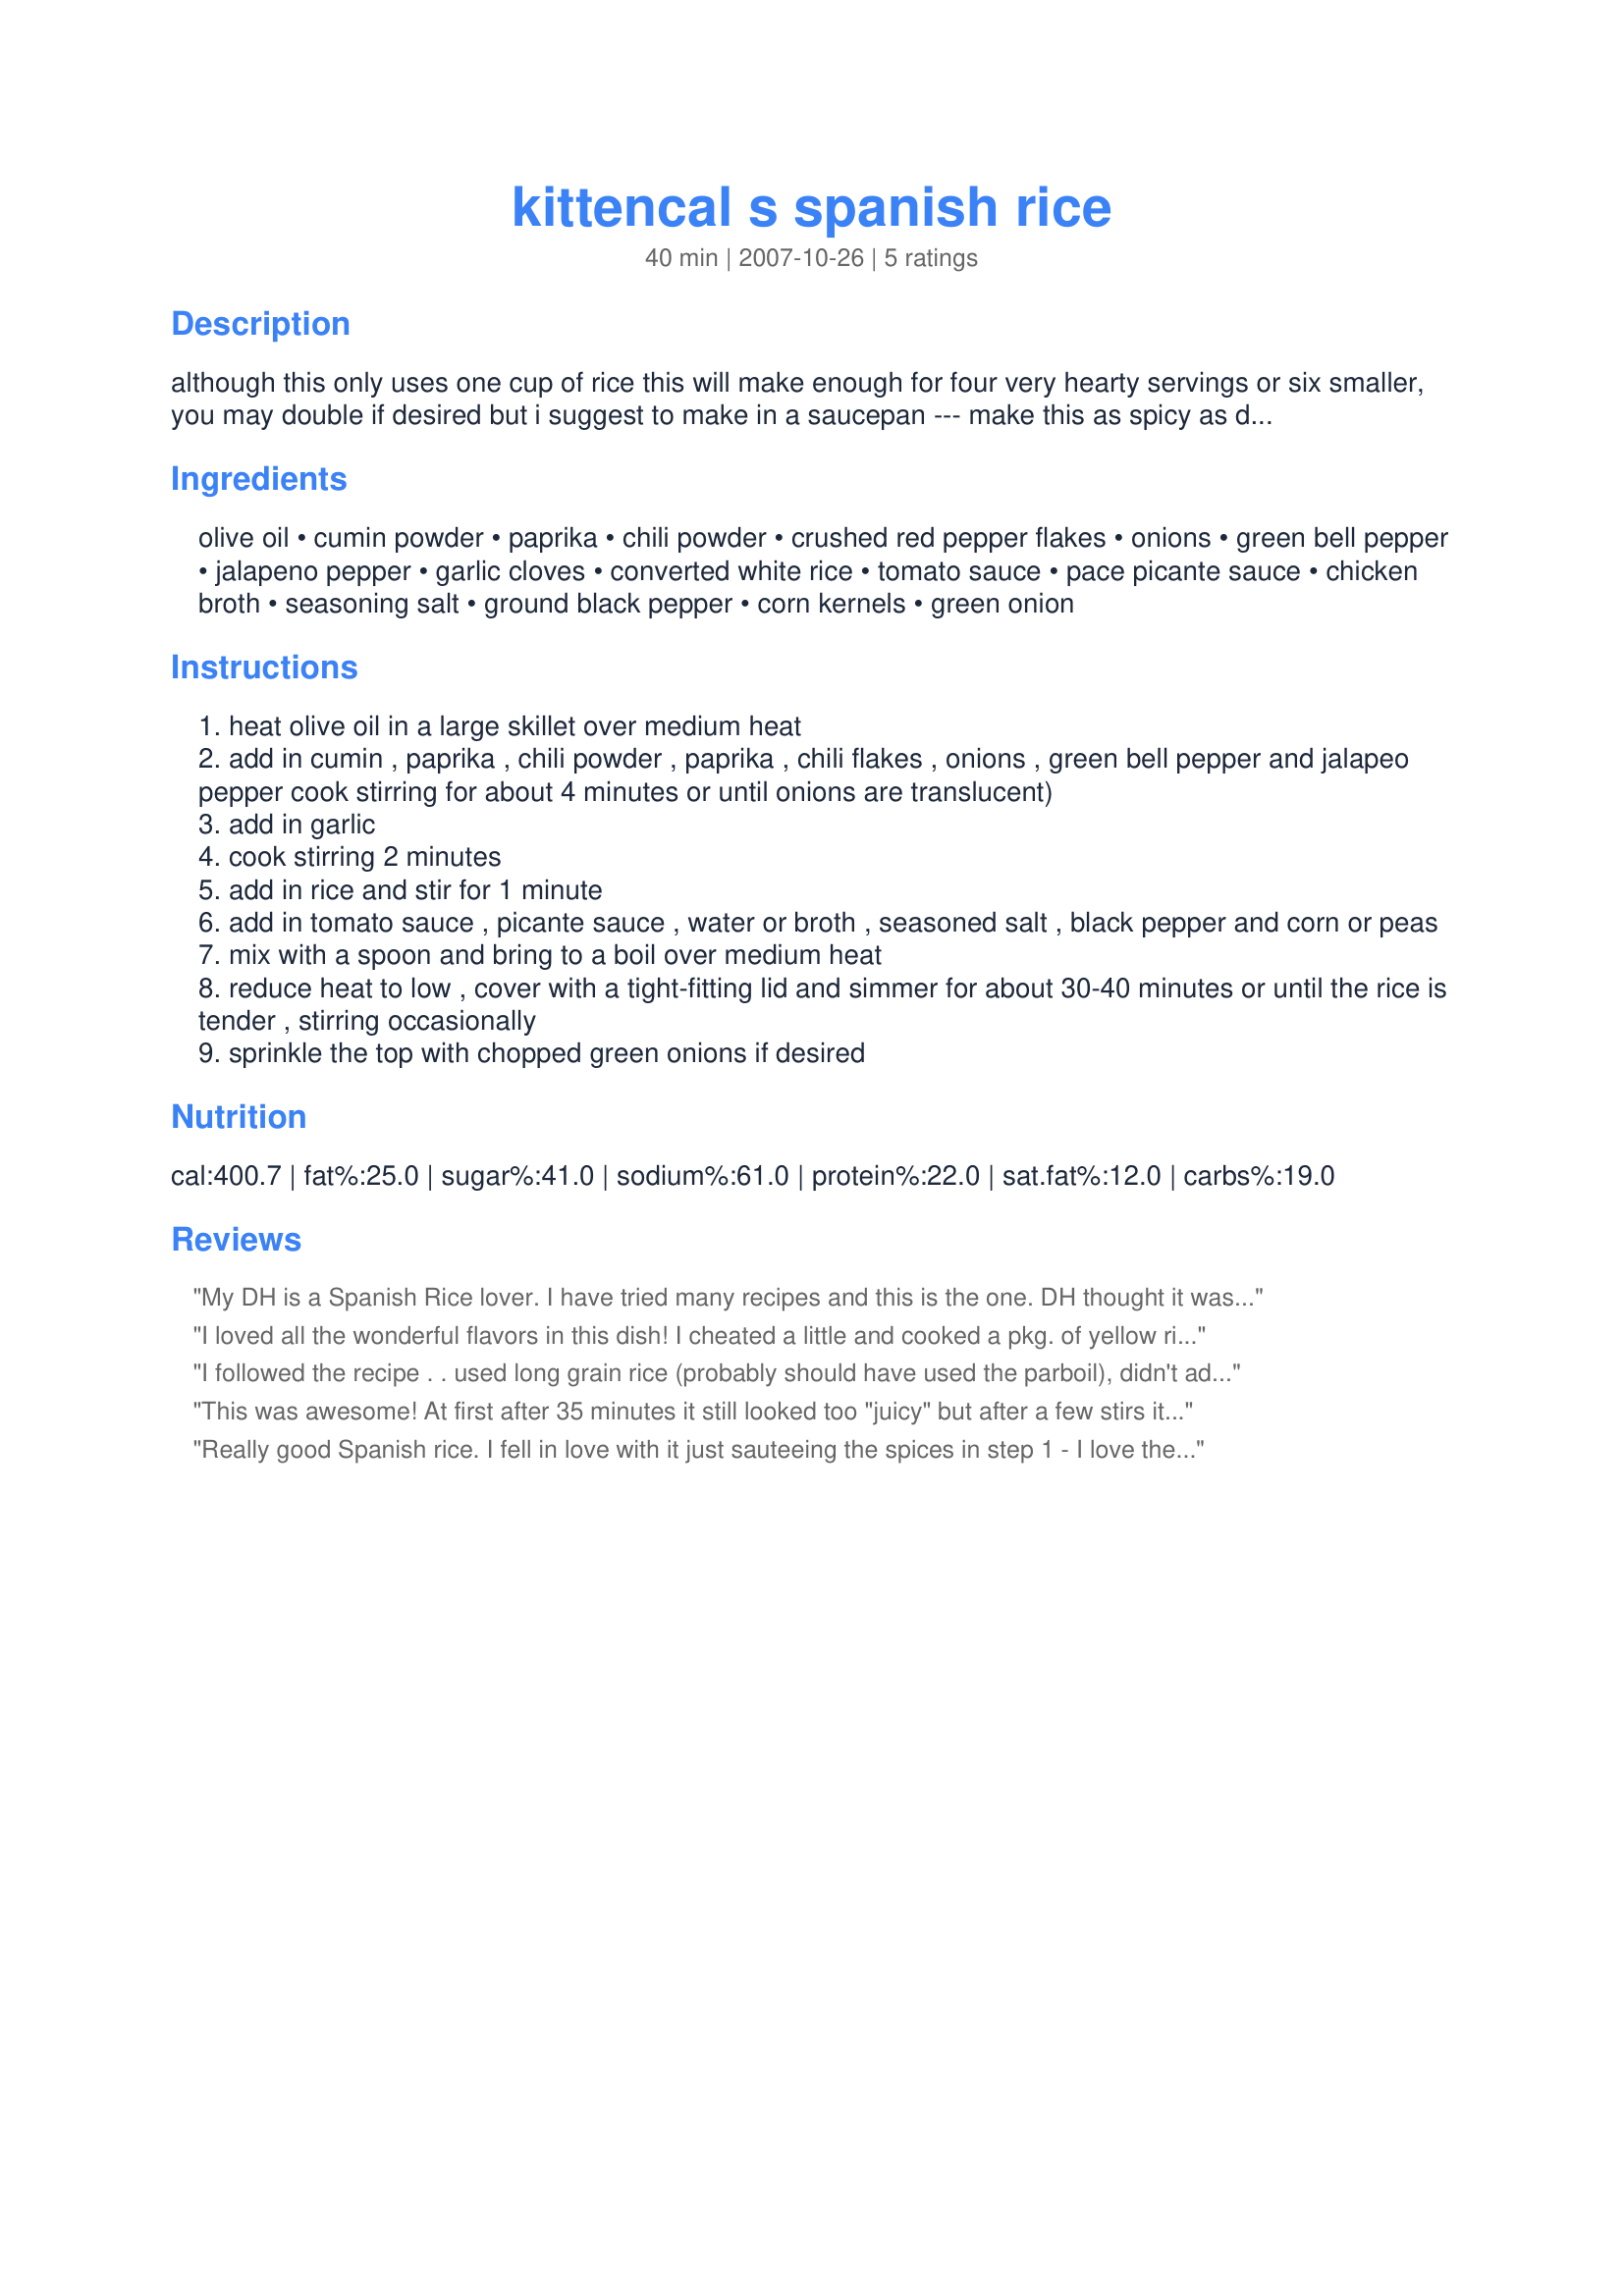
kittencal s spanish rice
Preparation time: 40 minutes

although this only uses one cup of rice this will make enough for four very hearty servings or six smaller, you may double if desired but i suggest to make in a saucepan --- make this as spicy as desired by adjusting the chili flakes and jalapeño pepper --- half a package of taco seasoning mix may be used in place of the cumin and chili powder, converted rice only for this :)

Ingredients:
olive oil, cumin powder, paprika, chili powder, crushed red pepper flakes, onions, green bell pepper, jalapeno pepper, garlic cloves, converted white rice, tomato sauce, pace picante sauce, chicken broth, seasoning salt, ground black pepper, corn kernels, green onion

Steps:
heat olive oil in a large skillet over medium heat
add in cumin , paprika , chili powder , paprika , chili flakes , onions , green bell pepper and jalapeo pepper cook stirring for about 4 minutes or until onions are translucent)
add in garlic
cook stirring 2 minutes
add in rice and stir for 1 minute
add in tomato sauce , picante sauce , water or broth , seasoned salt , black pepper and corn or peas
mix with a spoon and bring to a boil over medium heat
reduce heat to low , cover with a tight-fitting lid and simmer for about 30-40 minutes or until the rice is tender , stirring occasionally
sprinkle the top with chopped green onions if desired

Reviews:
My DH is a Spanish Rice lover. I have tried many recipes and this is the one. DH thought it was a little spicy. I do not usually care for Spanish rice. This was the best one I have made so far. I will decrease the chili powder next time.
I loved all the wonderful flavors in this dish! I cheated a little and cooked a pkg. of yellow rice, then sauteed the veggies and spices and added to the rice when done. Thanks for a dish my DH loved too! Made for the Epicurean Queens ZWT-2009!
I followed the recipe . . used long grain rice (probably should have used the parboil), didn't add jalapeno, and used chicken stock . . <br/><br/>As for the pace, use 1/2 hot and 1/2 medium.<br/><br/>It was nice spicy flavor, and enjoyed by all.
This was awesome! At first after 35 minutes it still looked too "juicy" but after a few stirs it thickened right up. I used a whole can of corn, but otherwise followed the recipe exactly. It's a lot of work for rice, but it's most definitely worth it! Thanks for sharing this!
Really good Spanish rice. I fell in love with it just sauteeing the spices in step 1 - I love the smell of cumin, lol. I used 1 teaspoon red pepper flakes and 1/2 jalapeno which gave this moist rice a great spicy flavor. Thanks again Kitten for another great recipe.
